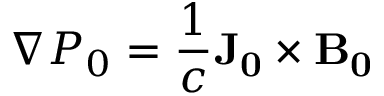
\nabla P _ { 0 } = \frac { 1 } { c } \mathbf { J _ { 0 } } \times \mathbf { B _ { 0 } }